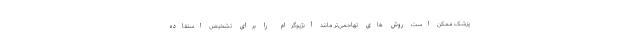
پزشک ممکن است روش های تهاجمی‌تر مانند آنژیوگرام را برای تشخیص استفاده